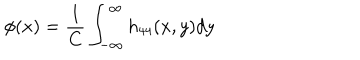
LaTeX: \phi ( x ) = \frac { 1 } { C } \int _ { - \infty } ^ { \infty } h _ { 4 4 } ( x , y ) d y